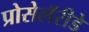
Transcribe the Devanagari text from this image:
प्रोसेलॅरीडे